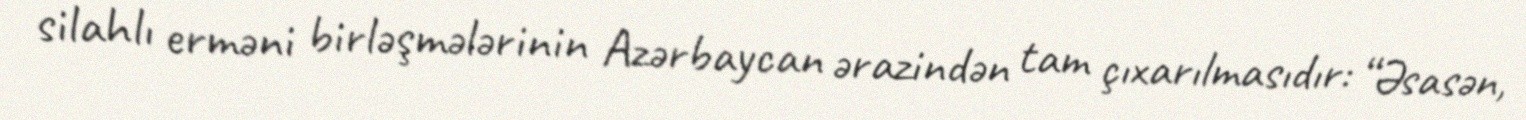
silahlı erməni birləşmələrinin Azərbaycan ərazindən tam çıxarılmasıdır: “Əsasən,